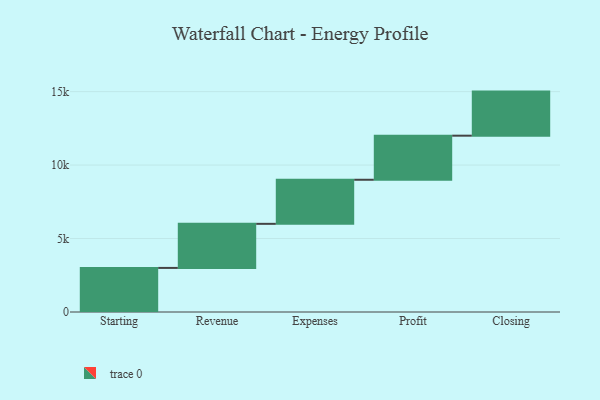
{"axis": {"x": "Step", "y": "Value"}, "legend": [""], "data": [{"x": "Starting", "y": 3000, "type": ""}, {"x": "Revenue", "y": 3000, "type": ""}, {"x": "Expenses", "y": 3000, "type": ""}, {"x": "Profit", "y": 3000, "type": ""}, {"x": "Closing", "y": 3000, "type": ""}]}